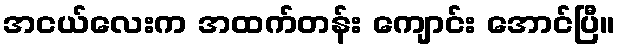
အငယ်လေးက အထက်တန်း ကျောင်း အောင်ပြီ။